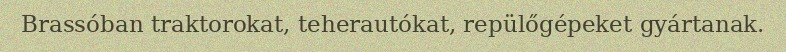
Brassóban traktorokat, teherautókat, repülőgépeket gyártanak.